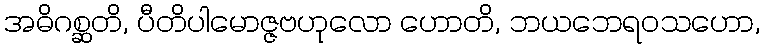
အဓိဂစ္ဆတိ, ပီတိပါမောဇ္ဇဗဟုလော ဟောတိ, ဘယဘေရဝသဟော,